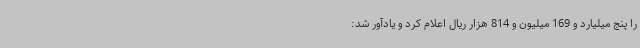
را پنج میلیارد و 169 میلیون و 814 هزار ریال اعلام کرد و یادآور شد: